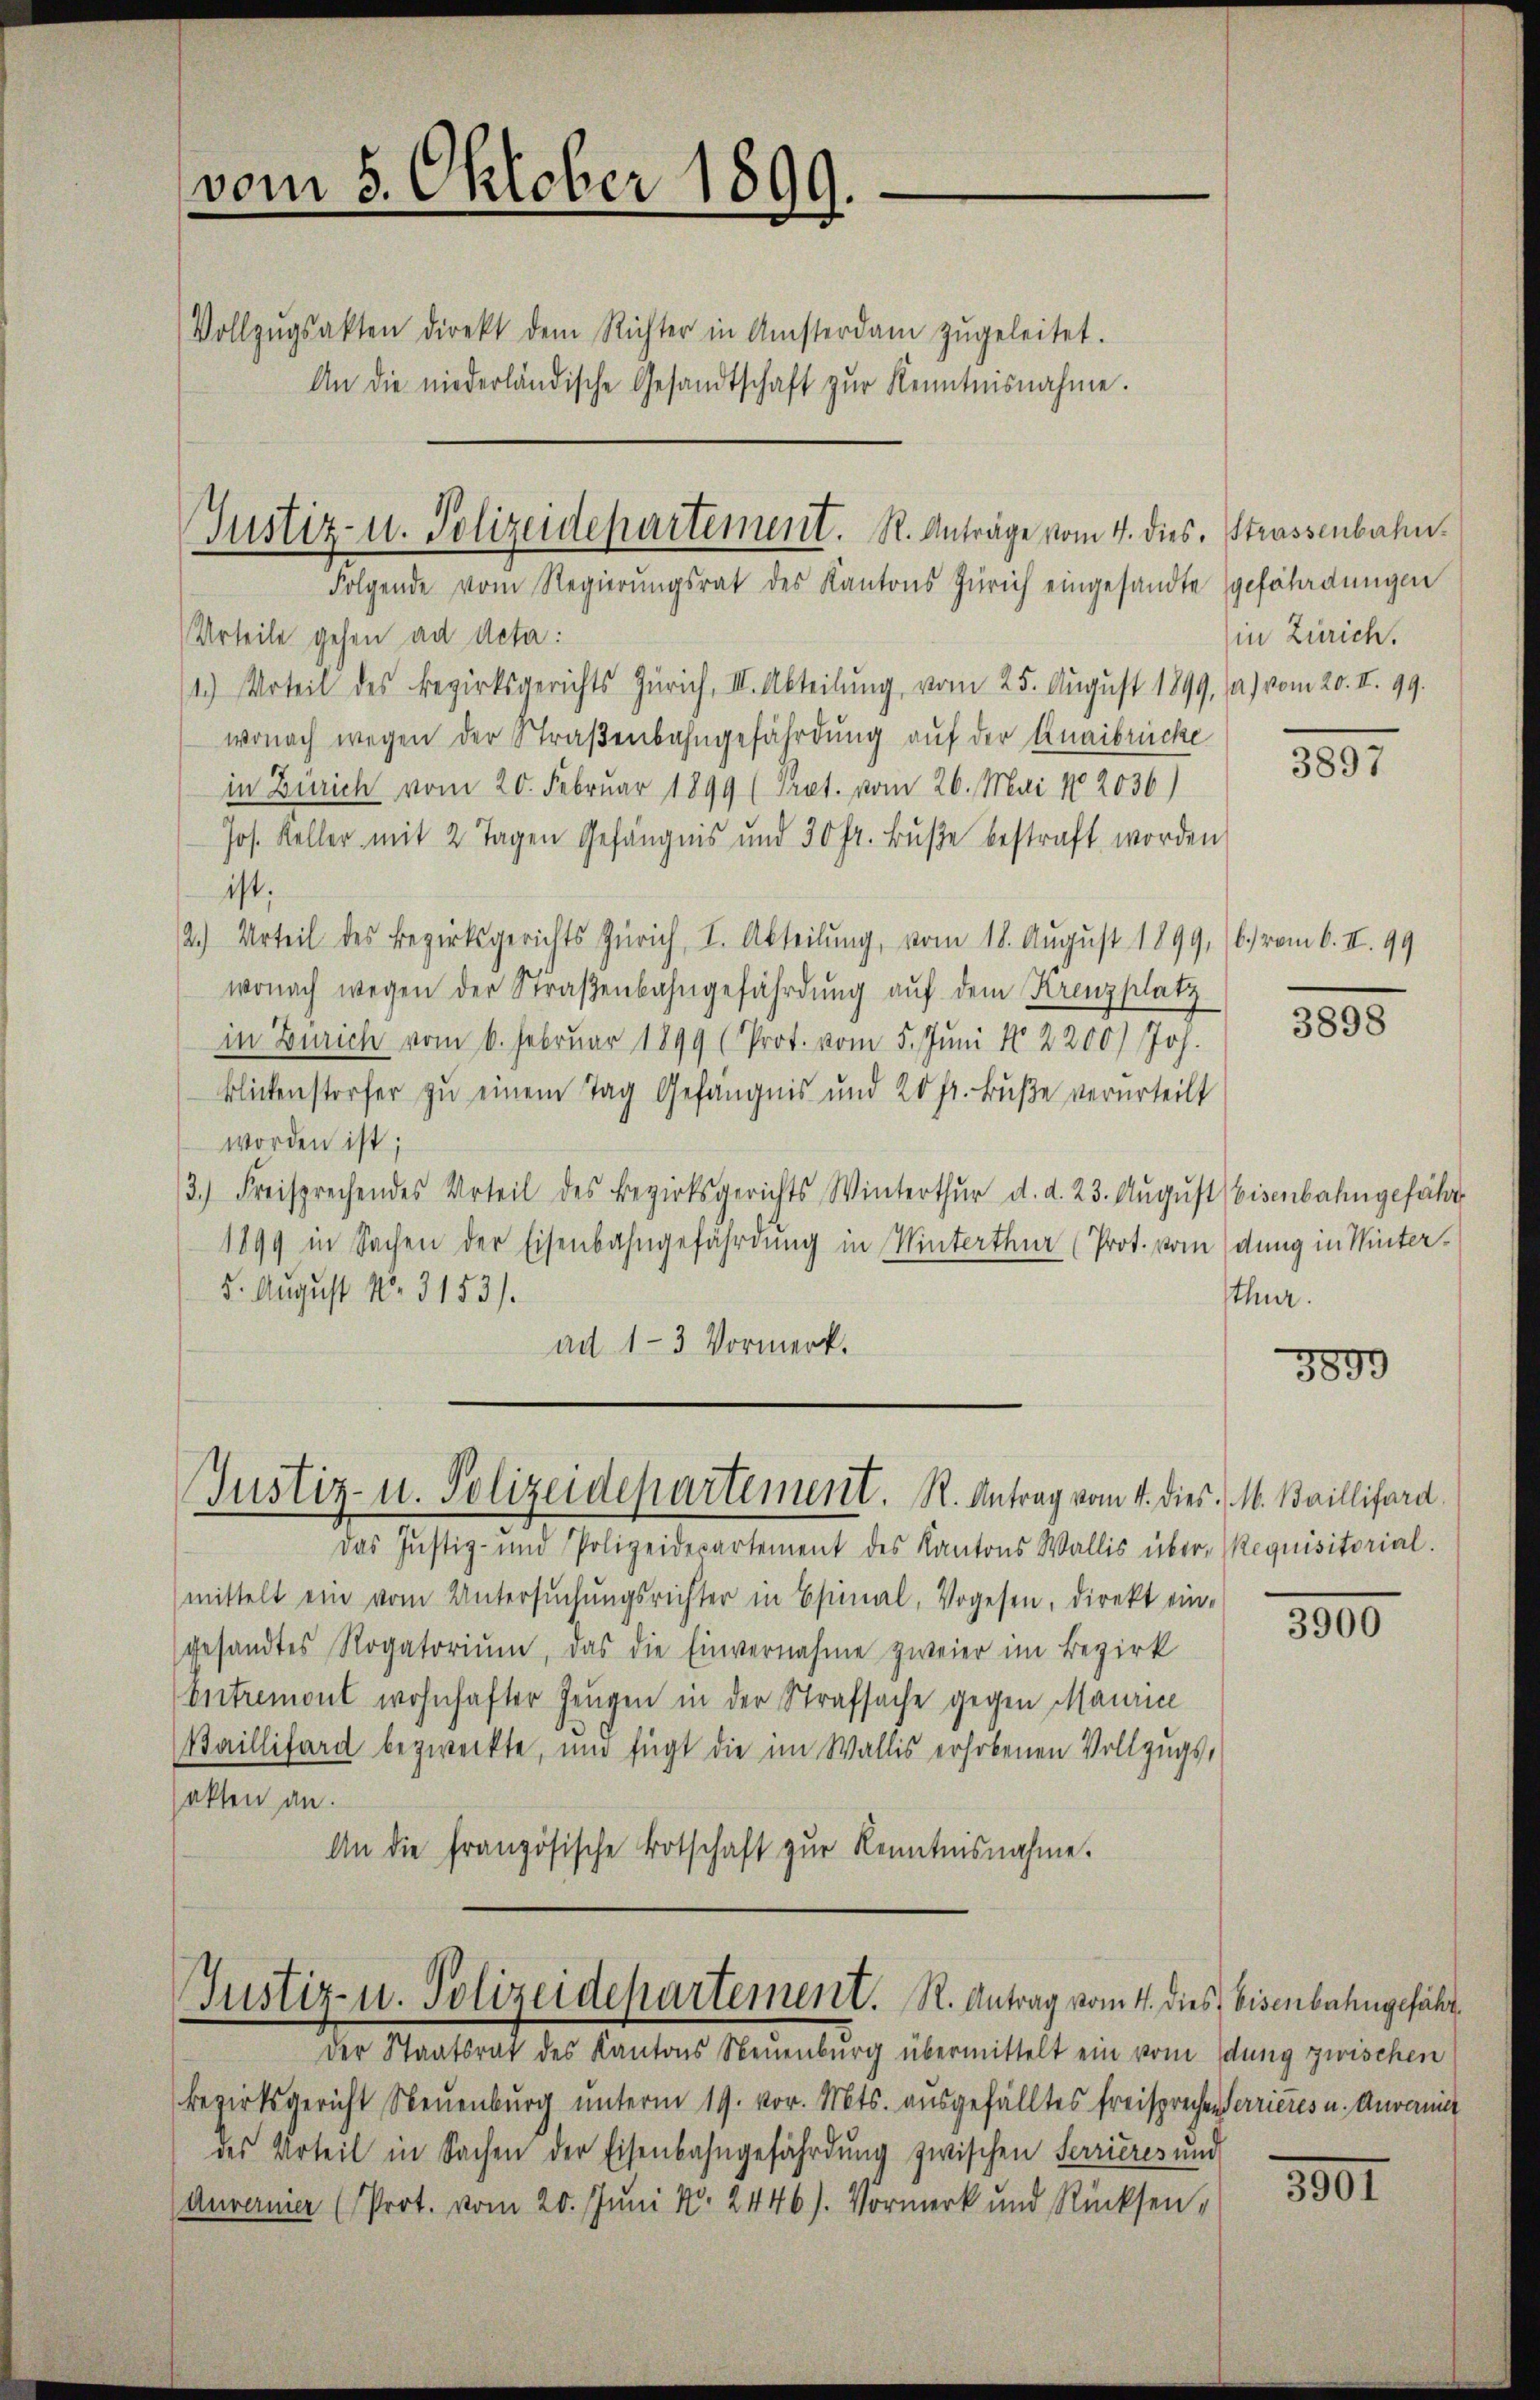
vom 5. Oktober 1899.

Vollzŭgsakten direkt dem Richter in Amsterdam zŭgeleitet.
An die niederländische Gesandtschaft zŭr Kenntnisnahme.

Justiz- u. Polizeidepartement. R. Anträge vom 4. dies. Strassenbahn.
Folgende vom Regierŭngsrat des Kantons Zürich eingesandte gefährdungen

Urteile gehen ad Acta:
1.) Urteil des Bezirksgerichts Zürich, III. Abteilung, vom 25. August 1899, (a) vom 20. II. 99.
wonach wegen der Straßenbahngefährdung auf der Knaibrücke
in Zürich vom 20. Februar 1899 (Prot. vom 26. Mai N. 2036)
Jos. Keller mit 2 Tagen Gefängnis und 30 fr. Bŭβe bestraft worden
ist:
2.) Urteil des Bezirksgerichts Zürich, I. Abteilung, vom 18. August 1899,
wonach wegen der Straβenbahngefährdung auf dem Krenzplatz
in Zürich vom 6. Februar 1899 (Prot. vom 5. Juni No 2200) Joh.
Blickenstorfer zu einem Tag Gefängnis und 20 fr. Buße verurteilt
worden ist;
3.) Freisprechendes Urteil des Bezirksgerichts Winterthur d. d. 23. Aŭgŭst Eisenbahngefähr
1899 in Sachen der Eisenbahngefährdung in Winterthur (Prot. vom dung in Winter¬
5. August No. 3153).
ad 1-3 Vormerk.

das Justiz- und Polizeidepartement des Kantons Wallis über- Requisitorial.
mittelt ein vom Untersŭchŭngsrichter in Esinal, Vogesen, direkt ein-
gesandtes Rogatorium, das die Einvernahme zweier im Bezirk
Entremont wohnhafter Zeugen in der Strafsache gegen Maurice
Baillisard bezweckte, und fügt die im Wallis erhobenen Vollzugs-
sakten an.
An die französische Botschaft zur Kenntnisnahme.

Justiz- u. Polizeidepartement. R. Antrag vom 4. dies. M. Baillifard

Justiz- u. Polizeidepartement. R. Antrag vom 4. dies Eisenbahngefähr¬

Der Staatsrat des Kantons Neuenburg übermittelt ein vom dung zwischen
Bezirksgericht Neuenburg unterm 19. vor. Mts. ausgefälltes freisprechen Verrieres u. Anranit
des Urteil in Sachen der Eisenbahngefährdung zwischen Terrieres und
Auvernier (Prot. vom 20. Juni N. 2446). Vormerk und Rücksen¬

in Zürich.

3897

6.) vom 6. II. 99

300

sther.

3899

3900

301